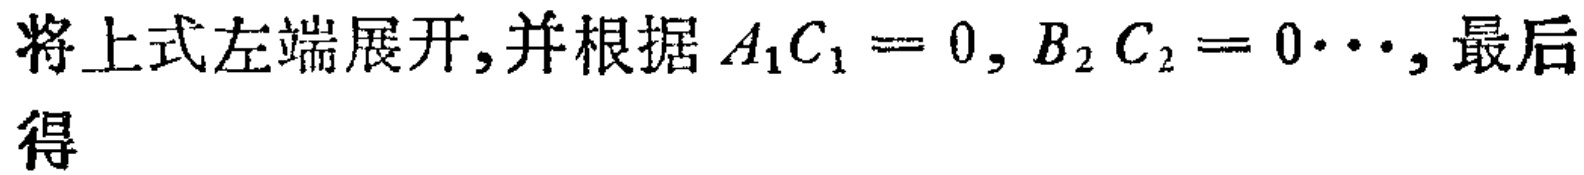
将上式左端展开,并根据\(A_{1}C_{1}=0, B_{2}C_{2}=0\cdots,\)最后得